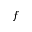
f